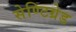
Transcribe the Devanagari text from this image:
सेण्टिग्रेड